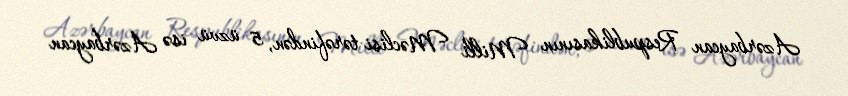
Azərbaycan Respublikasının Milli Məclisi tərəfindən, 5 üzvü isə Azərbaycan